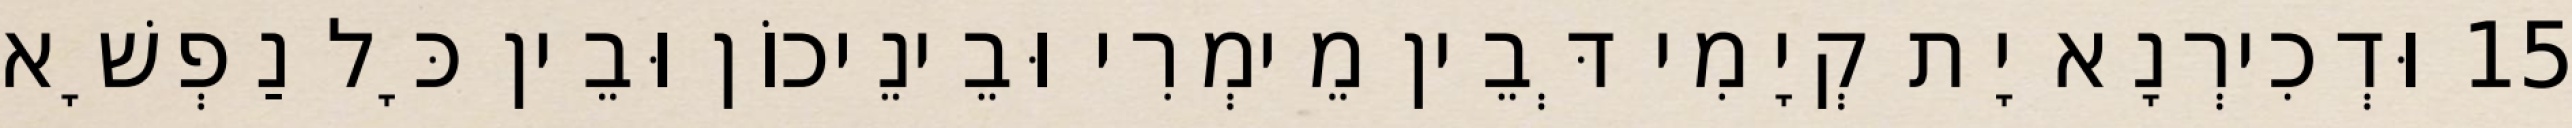
15 וּדְכִירְנָא יָת קְיָמִי דְּבֵין מֵימְרִי וּבֵינֵיכוֹן וּבֵין כָּל נַפְשָׁא